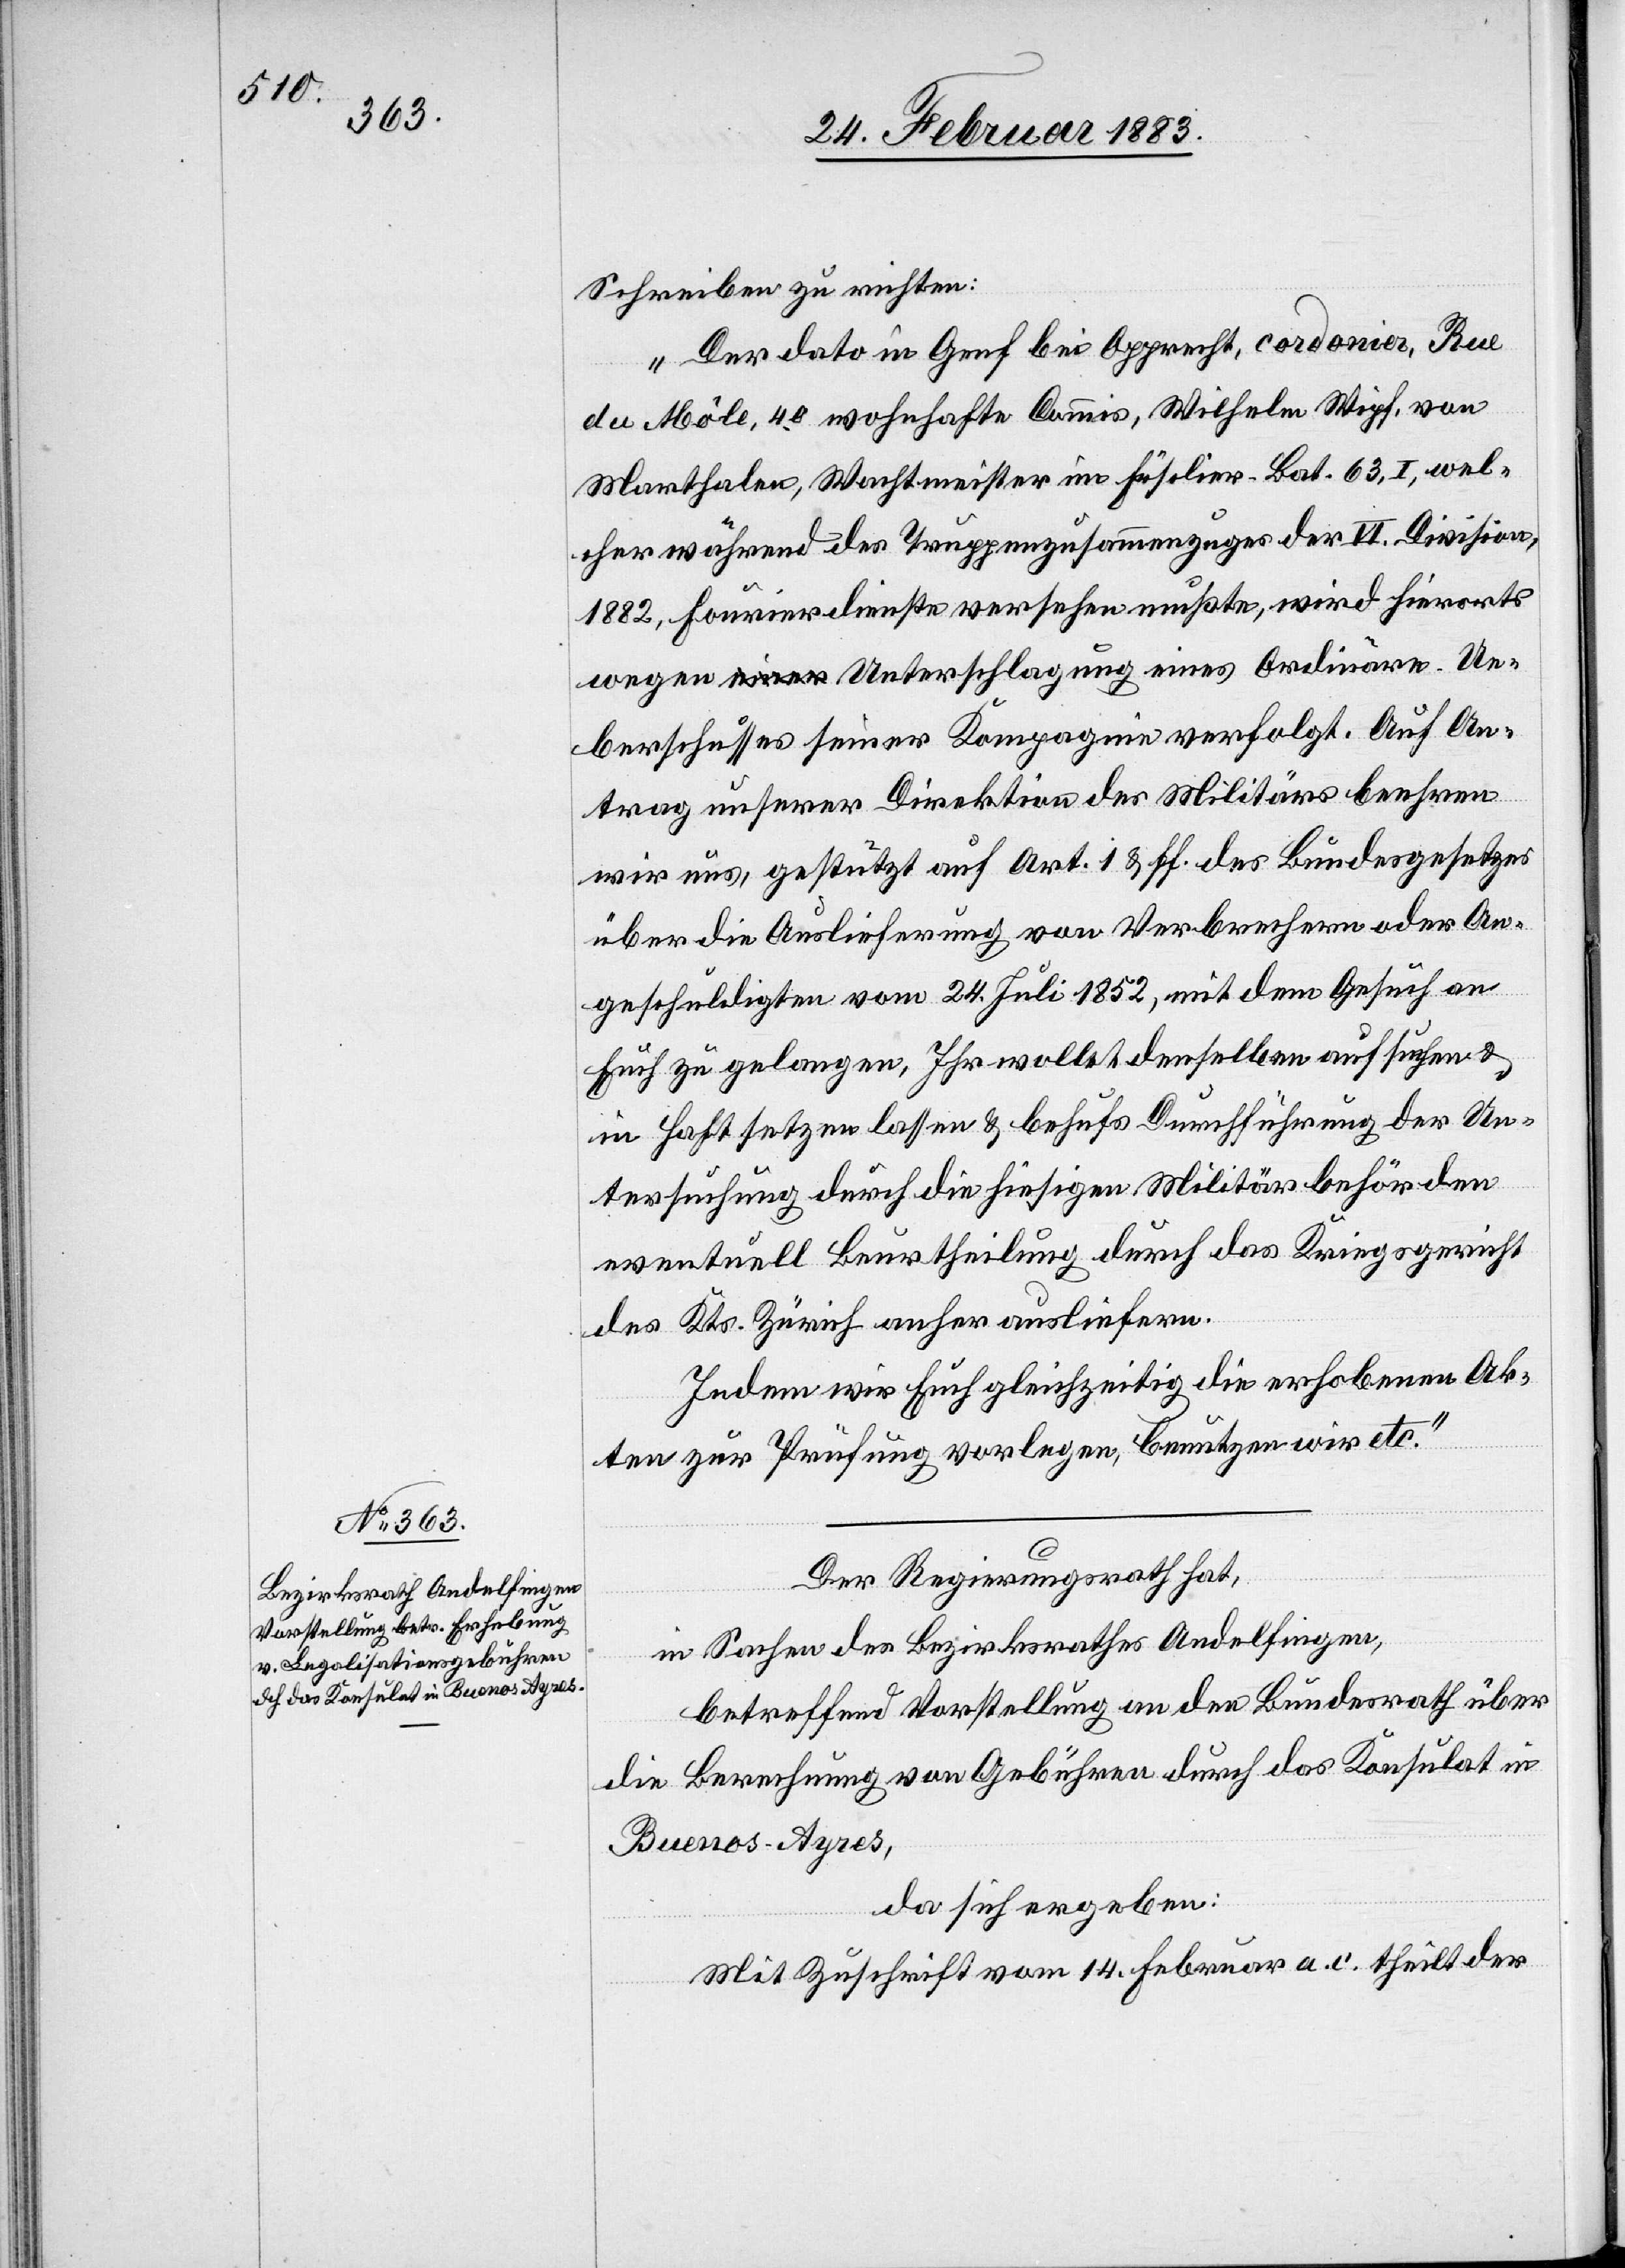
Schreiben zu richten:
„Der dato in Genf bei Opprecht, cordonier, Rue
du Abôle, 40 wohnhafte Commis, Wilhelm Wipf, von
Marthalen, Wachtmeister im Füsilier-Bat. 63, I, wel¬
cher während des Truppenzusammenzuges der VI. Division,
1882, Fourierdienste versehen mußte, wird hierorts
wegen Unterschlagung eines Ordinäre-Ue¬
berschusses seiner Kompagnie verfolgt. Auf An¬
trag unserer Direktion des Militärs beehren
wir uns, gestützt auf Art. 1 & ff. des Bundesgesetzes
über die Auslieferung von Verbrechern oder An¬
geschuldigten vom 24. Juli 1852, mit dem Gesuch an
Euch zu gelangen, Ihr wollet denselben aufsuchen &
in Haft setzen lassen & behufs Durchführung der Un¬
tersuchung durch die hiesigen Militärbehörden
eventuell Beurtheilung durch das Kriegsgericht
des Kts. Zürich anher ausliefern.
Indem wir Euch gleichzeitig die erhobenen Ak¬
ten zur Prüfung vorlegen, benutzen wir etc.“
Der Regierungsrath hat,
in Sachen des Bezirksrathes Andelfingen,
betreffend Vorstellung an den Bundesrath über
die Berechnung von Gebühren durch das Konsulat in
Buenos-Ayres,
da sich ergeben:
Mit Zuschrift vom 14. Februar a. c. theilt der